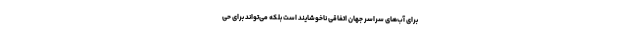
برای آب‌های سراسر جهان اتفاقی ناخوشایند است بلکه می‌تواند برای حی